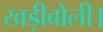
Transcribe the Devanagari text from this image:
खड़ीबोली।